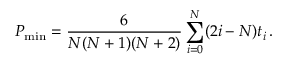
P _ { \mathrm { m i n } } = { \frac { 6 } { N ( N + 1 ) ( N + 2 ) } } \sum _ { i = 0 } ^ { N } ( 2 i - N ) t _ { i } \, .